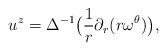
LaTeX: \begin{align*}u^z = \Delta^{-1} \bigl( \frac 1 r \partial_r (r \omega^{\theta}) \bigr), \end{align*}